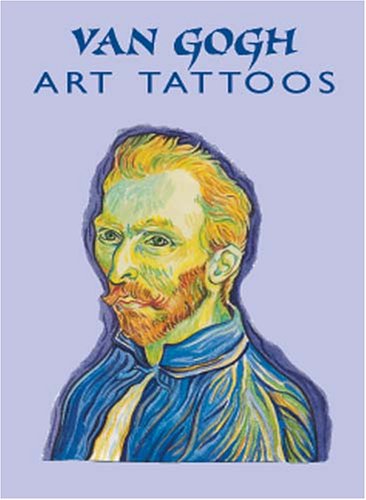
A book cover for Van Gogh Art Tattoos (Dover Tattoos); Vincent Van Gogh; Arts & Photography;